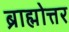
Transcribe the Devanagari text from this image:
ब्राह्मोत्तर